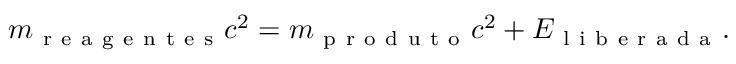
m _ { \mathrm { ~ r ~ e ~ a ~ g ~ e ~ n ~ t ~ e ~ s ~ } } c ^ { 2 } = m _ { \mathrm { ~ p ~ r ~ o ~ d ~ u ~ t ~ o ~ } } c ^ { 2 } + E _ { \mathrm { ~ l ~ i ~ b ~ e ~ r ~ a ~ d ~ a ~ } } .